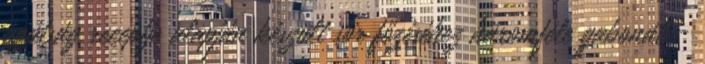
apátság receptje alapján készült sör főzéséhez háromféle gabonát -